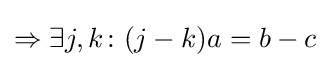
\Rightarrow \exists j,k\colon (j-k)a=b-c